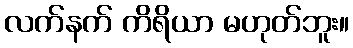
လက်နက် ကိရိယာ မဟုတ်ဘူး။